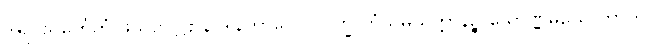
ဒွါရဝိသင်္ကေတံ ဖုသိတဂ္ဂဠာနိ ဒါနကာလေပိ ပက္ခိ တံသမ္ပယုတ္တာနဉ္စ သောဏ္ဏမယေ ကွာတိ